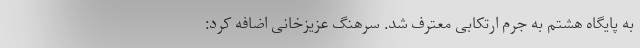
به پایگاه هشتم به جرم ارتکابی معترف شد. سرهنگ عزیزخانی اضافه کرد: